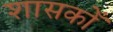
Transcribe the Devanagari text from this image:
शासकोँ